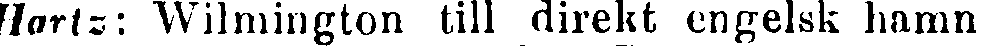
Hartz: Wilmington till direkt engelsk hamn